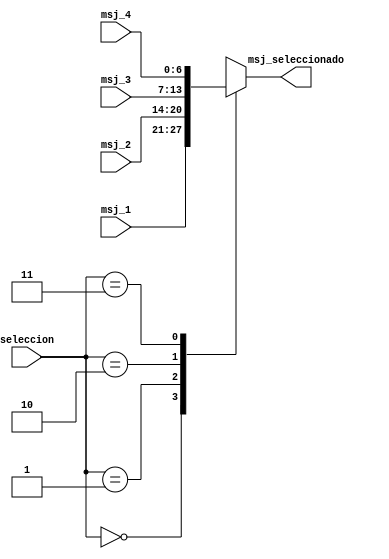
`timescale 1ns / 1ps


/*
multiplexor para seleccionar el dato actual
que se ira a mostrar en el 7segmentos. Segun la
seleccion de entrada.
*/
module MUX_MensajeActual(
    input [0:6] msj_1,
	 input [0:6] msj_2,
	 input [0:6] msj_3,
	 input [0:6] msj_4,
    input [1:0] seleccion,
    output [0:6] msj_seleccionado
    );	 
	
	reg [0:6] msjIntermediario;

	always @(*) begin
		case(seleccion)
			0:
				msjIntermediario <= msj_1;
			1:
				msjIntermediario <= msj_2;
			2:
				msjIntermediario <= msj_3;
			3:
				msjIntermediario <= msj_4;
		endcase
	end
	assign msj_seleccionado = msjIntermediario;
endmodule